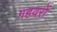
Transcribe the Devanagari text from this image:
गहवरों